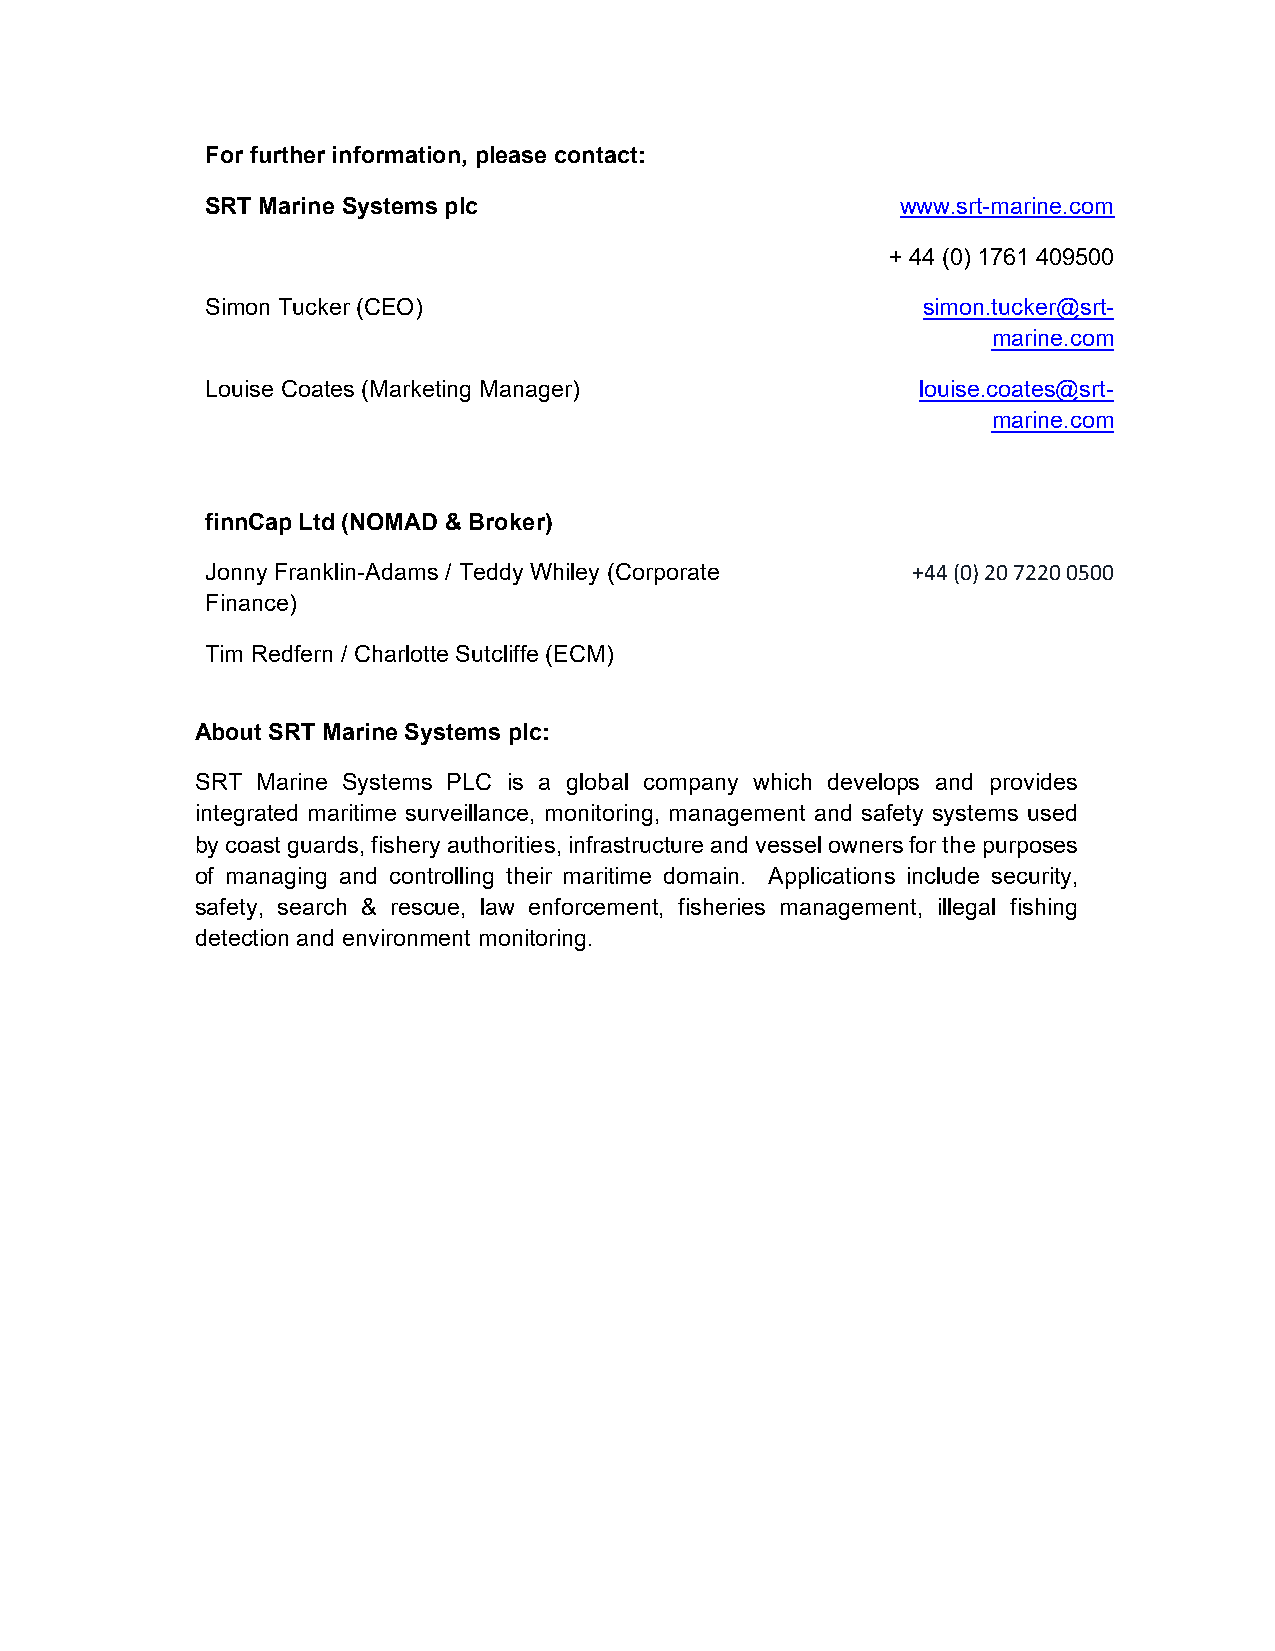
For further information, please contact:
 SRT Marine Systems plc                        www.srt-marine.com
 + 44 (0) 1761 409500
 Simon Tucker (CEO)                             simon.tucker@srt-
 marine.com
 Louise Coates (Marketing Manager)              louise.coates@srt-
 marine.com
 finnCap Ltd (NOMAD & Broker)
 Jonny Franklin-Adams / Teddy Whiley (Corporate +44 (0) 20 7220 0500
 Finance)
 Tim Redfern / Charlotte Sutcliffe (ECM)
 About SRT Marine Systems plc:
 SRT Marine Systems PLC is a global company which develops and provides
 integrated maritime surveillance, monitoring, management and safety systems used
 by coast guards, fishery authorities, infrastructure and vessel owners for the purposes
 of managing and controlling their maritime domain. Applications include security,
 safety, search & rescue, law enforcement, fisheries management, illegal fishing
 detection and environment monitoring.